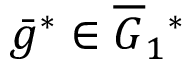
\bar { g } ^ { * } \in \overline { { G } } _ { 1 } { } ^ { * }